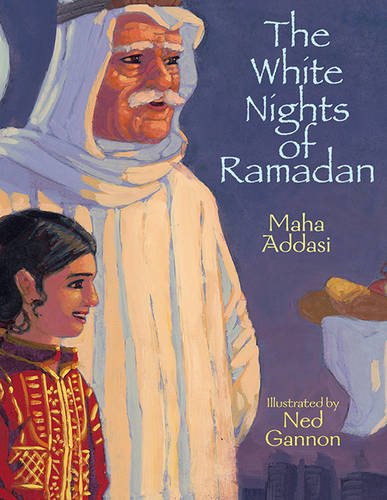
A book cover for The White Nights of Ramadan; Maha Addasi; Children's Books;